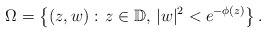
\begin{align*}\Omega = \left\{(z, w):\, z\in \mathbb{D},\, |w|^2 < e^{-\phi(z)}\right\}.\end{align*}